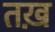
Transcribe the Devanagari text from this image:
तख़